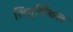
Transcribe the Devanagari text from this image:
लितुर्गिकल